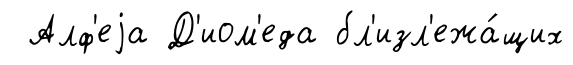
Алф'еjа Д'иом'еда бл'изл'ежа́щих